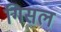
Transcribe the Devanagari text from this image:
गिसल